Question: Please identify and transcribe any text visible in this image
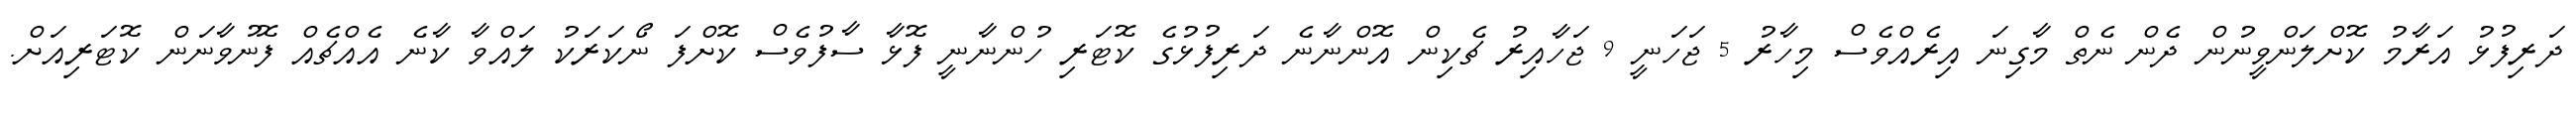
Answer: ދަރިފުޅު އަރާމު ކޮށްލަންވީނުން ދެން ނެތް މާގިނަ އިރެއްވެސް މިހާރު 5 ޖަހަނީ 9 ޖަހާއިރު ޗެކިން އޮންނާނެ ދަރިފުޅުގެ ކޮޓަރި ހުންނާނީ ފޮޅާ ސާފުވެސް ކޮށްފަ ނޯކަރަކު ލައްވާ ކާނެ އެއްޗެއް ފޮނުވާނަން ކޮޓަރިއަށް.